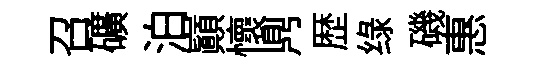
召礦泊巔懷𪔂歴绿磯惠